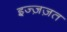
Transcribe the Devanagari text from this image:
इज्ज़ज़त